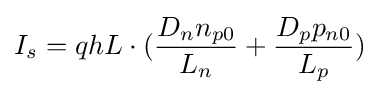
I_{s}=qhL\cdot ({\frac {D_{n}n_{p0}}{L_{n}}}+{\frac {D_{p}p_{n0}}{L_{p}}})